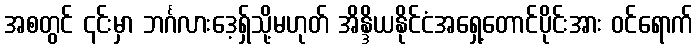
အစတွင် ၎င်းမှာ ဘင်္ဂလားဒေ့ရှ်သို့မဟုတ် အိန္ဒိယနိုင်ငံအရှေ့တောင်ပိုင်းအား ဝင်ရောက်